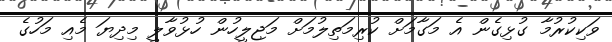
ވަކިކުރުމާ ގުޅިގެން އެ މަގާމަށް ކުރިމަތިލުމަށް މަޖިލީހުން ހުޅުވާލީ މިދިޔަ މެއި މަހުގެ